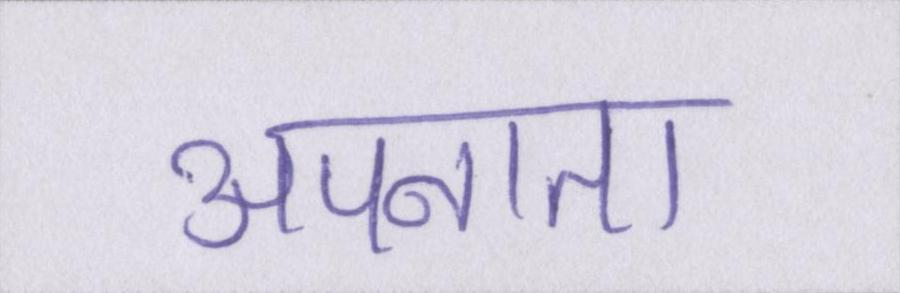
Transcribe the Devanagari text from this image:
अपनाता